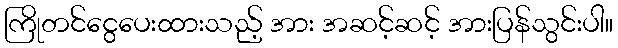
ကြိုတင်ငွေပေးထားသည့် အား အဆင့်ဆင့် အားပြန်သွင်းပါ။